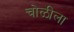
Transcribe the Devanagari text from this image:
चोळीला